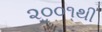
૨૦૦૧થી